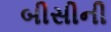
બીસીની